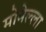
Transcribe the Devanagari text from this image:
मोमेल्ला